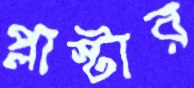
প্লাস্টার